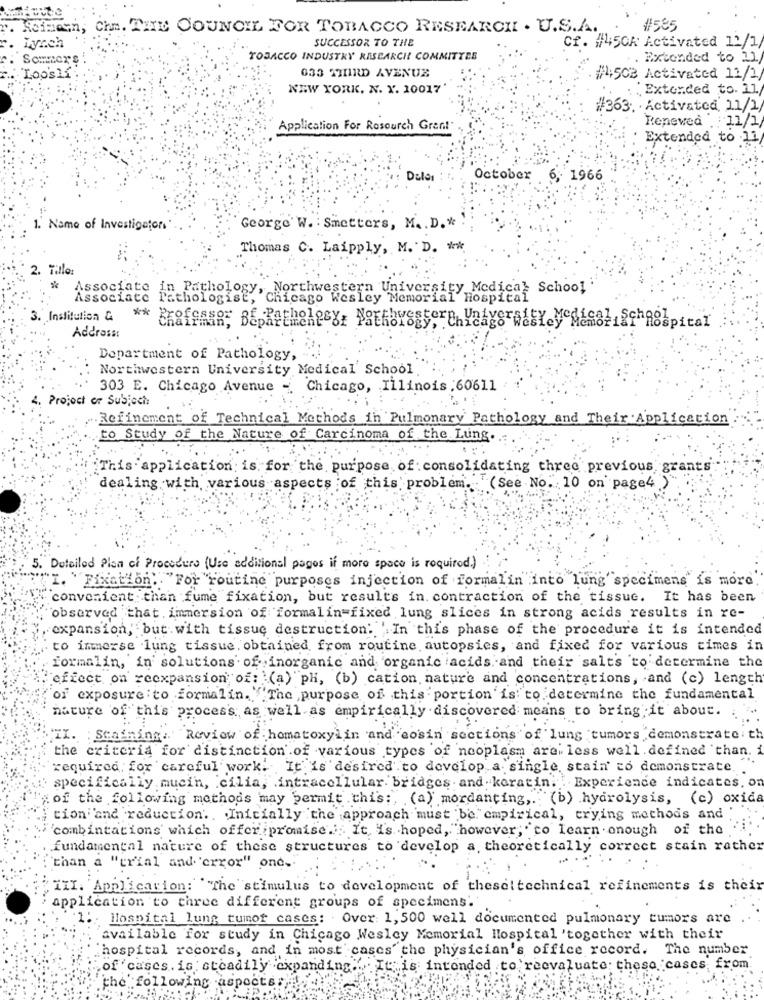
Che. THE COUNCIL FOR TOBACCO RESEARCH . U.S.A.
#585
SUCCESSOR TO THE
Lynch
cf. #450k Activated 12/1/
TOBACCO INDUSTRY RASCARCH COMMITTEE
Extended to 21
. Loo'slf
033 THIRD AVENUE
#4:503 Activated 11/2/
NEW YORK. N. X. 10017'
.Extended to. 11
#363. · Activated 11/1/
Application For Rosourch Gren!"
Renewed . 11/1/
Extended to 11
Delas
October 6, 1966
1. Name of Investigators"
George W. : Smetters, M .. D .*
Thomas C. Laipply, M. D. tek
2. Tillo:
Associate
in Pathology, Northwestern University Medical School
Associate Pathologist, Chicago Wesley Memorial Hospital
**
3. Institution &
Address:
Department of Pathology, ".
Northwestern University Medical School
303 E. Chicago Avenue - Chicago, Illinois .60611
4. Project or Subject:
.Refinement of Technical Methods in Pulmonary Pathology and Their Application
to Study of the Nature of Carcinoma of the Lung.
...
This application is for the purpose of: consolidating three previous grants
dealing with various aspects of this problem. (See No. 10 on page4 )
5. Detailed Pisa of Procedure (Use additional pages if more space is required.)
I. "Fixation: "For routine purposes injection of formalin into lung' specimens is more.
convenient than fume fixation, but results in contraction of the tissue. It has been
observed that immersion of formalin=fixed lung slices in strong acids results in re-
: "In this phase of the procedure it is intended
expansion, but with tissue destruction :. "I
to immerse lung tissue obtained from routine autopsies, and fixed for various times in
formalin, in solutions of inorganic and organic acids. and their salts to determine the
"effect on reexpansion of: (a) pH, (b) cation nature and concentrations, and (c) length
of exposure to formalin. """The purpose of this portion is to determine the fundamental
nature of this process as well as empirically discovered means to bring it about.
II. Statning: Review of homatoxylin and eosin sections of lung tumors demonstrate th
the criteria for distinction .of various types of neoplasm are. less well defined than. i
required: for careful work. It is desired to develop a single, stain' co demonstrate,
specifically.mucin, cilia, intracellular. bridges. and keratin. . Experience indicates, o
:of the following methods may bermit .this ;, (a) mordanting ,. "(b) hydrolysis, (c) oxida
tion and reduction .. Initially the approach must be empirical, trying methods and
"combintations which offer :promise.'; It, I's hoped, however, " to learn onough of the
fundamental nature of these structures to develop a. theoretically correct stain rather
than a "trial and error" one."
III. Application: ""The stimulus to development of theseitechnical refinements is their
application to three different groups of specimens'.'
:Hospital lung tumor cases: Over: 1, 500 well documented pulmonary tumors are
available for study in Chicago Wesley Memorial Hospital 'together with their
hospital records, and in most cases the physician's office record. The number
of cases. is steadily expanding. It is intended to reevaluate these cases from
the following aspects:)